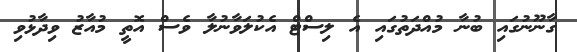
ގާނޫނުގައި ބުނާ މުއްދަތުގައި އެ ލިސްޓް އެކުލަވާނުލާ ވެސް އޮތީ މުއާޒު ވިދާޅުވި